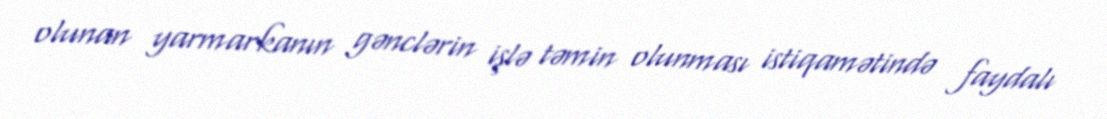
olunan yarmarkanın gənclərin işlə təmin olunması istiqamətində faydalı